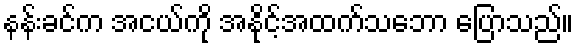
နန်းခင်က အငယ်ကို အနိုင့်အထက်သဘော ပြောသည်။